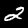
Label: 2